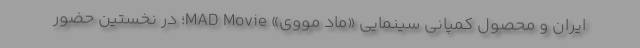
ایران و محصول کمپانی سینمایي «ماد مووی» MAD Movie؛ در نخستین حضور